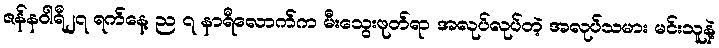
ဇန်နဝါရီ၂၇ ရက်နေ့ ည ၇ နာရီလောက်က မီးသွေးဖုတ်ရာ အလုပ်လုပ်တဲ့ အလုပ်သမား မင်းသူနဲ့